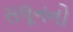
સલૂનનો